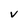
Character: V